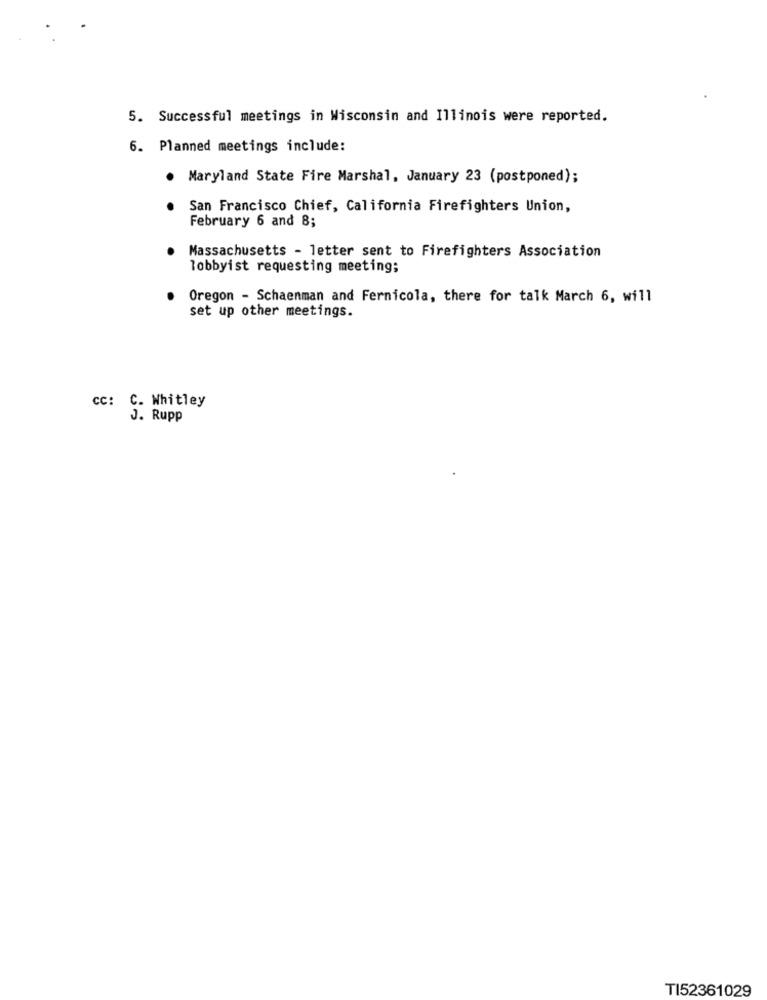
5. Successful meetings in Wisconsin and Illinois were reported.
6. Planned meetings include:
. Maryland State Fire Marshal, January 23 (postponed);
San Francisco Chief, California Firefighters Union,
February 6 and 8;
Massachusetts - letter sent to Firefighters Association
lobbyist requesting meeting;
Oregon - Schaenman and Fernicola, there for talk March 6, will
set up other meetings.
CC: C. Whitley
J . Rupp
TI52361029